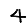
Digit: 4